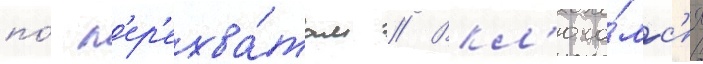
по́ п'ер'ехва́там // Вкл'юча́лс'я